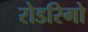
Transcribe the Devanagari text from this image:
रोडरिगो